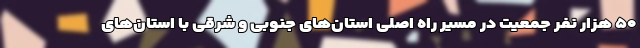
۵۰ هزار نفر جمعیت در مسیر راه اصلی استان‌های جنوبی و شرقی با استان‌های